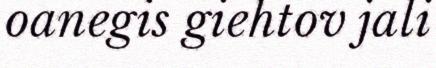
oanegis giehtov jali